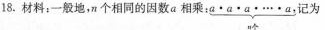
18.材料：一般地，n个相同的因数a相乘：a·a·a……·a，记为